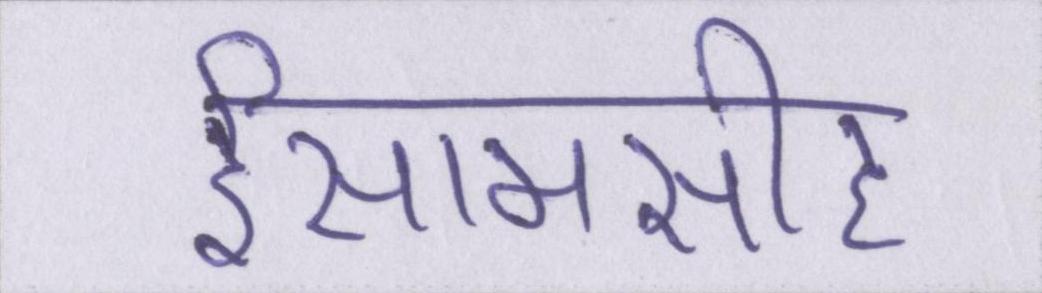
ईसामसीह